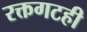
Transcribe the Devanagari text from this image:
रक्तगटही